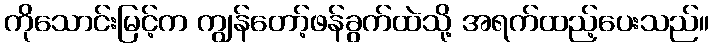
ကိုသောင်းမြင့်က ကျွန်တော့်ဖန်ခွက်ထဲသို့ အရက်ထည့်ပေးသည်။